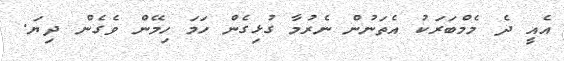
އެއީ ދެ މެމްބަރަކު އެތަނުން ނެރުމާ ގުޅިގެން ހަމަ ހިމޭން ވެގެން ދިޔަ.